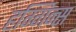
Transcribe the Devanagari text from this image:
हग्गिन्स